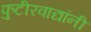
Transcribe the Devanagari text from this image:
फुटीरवाद्यांनी